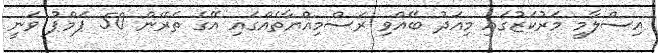
އިސްލާމީ މަރުކަޒުގައި މިއަދު ބޭއްވި ރަސްމިއްޔާތެއްގައި އޭގެ ތެރޭން 50 ޕަމްޕު ވަނީ